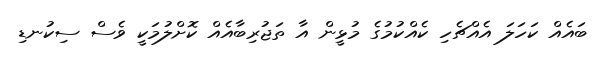
ބައެއް ކަހަލަ އެއްޗެހި ކެއްކުމުގެ މުޅީން އާ ތަޖުރިބާއެއް ކޮށްލުމަކީ ވެސް ސިކުނޑި